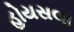
હોયસલા